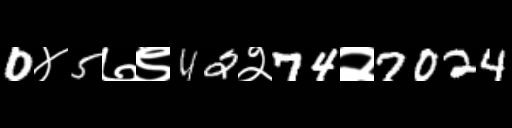
Text: 0४5७९42२74२7024